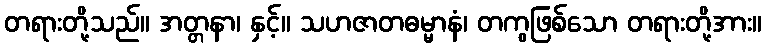
တရားတို့သည်။ အတ္တနာ၊ နှင့်။ သဟဇာတဓမ္မာနံ၊ တကွဖြစ်သော တရားတို့အား။